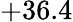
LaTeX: +36.4